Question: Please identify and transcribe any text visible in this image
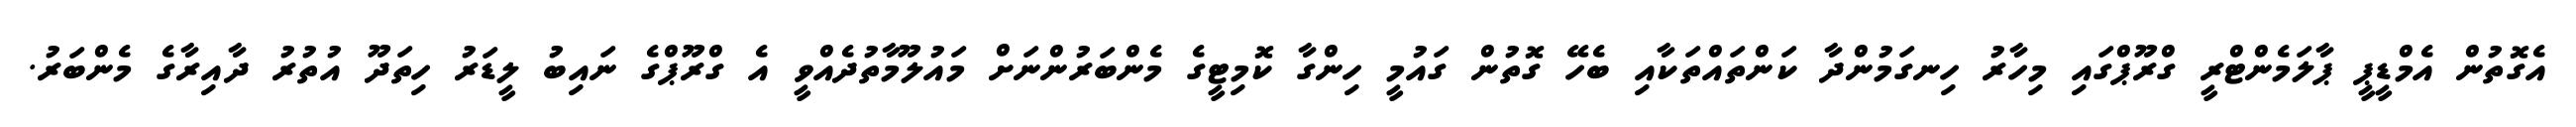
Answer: އެގޮތުން އެމްޑީޕީ ޕާލަމެންޓްރީ ގްރޫޕްގައި މިހާރު ހިނގަމުންދާ ކަންތައްތަކާއި ބެހޭ ގޮތުން ގައުމީ ހިންގާ ކޮމިޓީގެ މެންބަރުންނަށް މައުލޫމާތުދެއްވީ އެ ގްރޫޕްގެ ނައިބު ލީޑަރު ހިތަދޫ އުތުރު ދާއިރާގެ މެންބަރު.